Annual statistical returns and brief notes on vaccination in Bengal - 1909-1929
Year: 1909
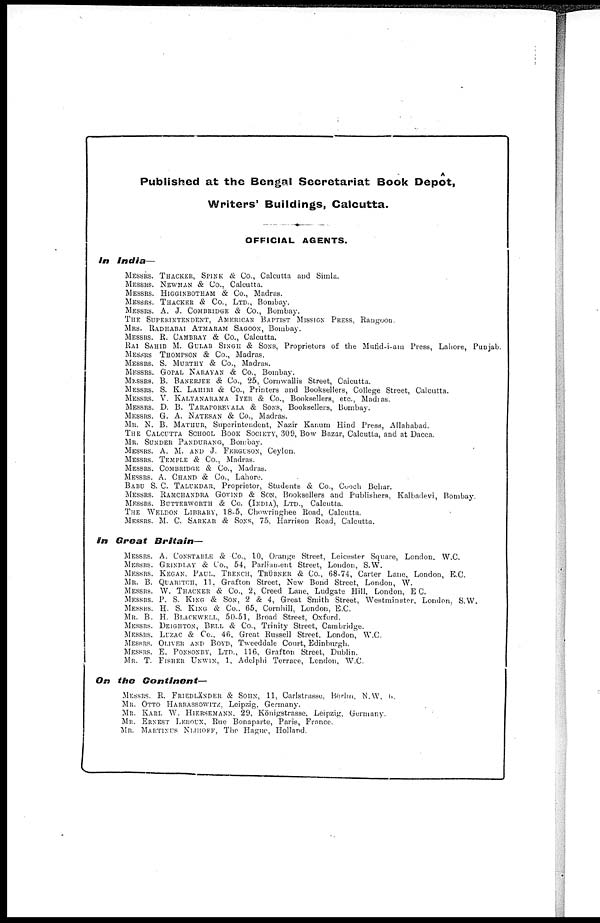
Published at the Bengal Secretariat Book Depôt,
Writers' Buildings, Calcutta.
OFFICIAL AGENTS.
In
India—
MESSRS. THACKER, SPINK & Co., Calcutta and Simla.
MESSRS. NEWMAN & Co., Calcutta.
MESSRS. HIGGINBOTHAM & Co., Madras.
MESSRS. THACKER & Co., LTD., Bombay.
MESSRS. A. J. COMBRIDGE & Co., Bombay.
THE SUPERINTENDENT, AMERICAN BAPTIST MISSION PRESS, Rangoon.
MRS. RADHABAI ATMARAM SAGOON, Bombay.
MESSRS. R. CAMBRAY & Co., Calcutta.
RAI SAHIB M. GULAB SINGH & SONS, Proprietors of the Mufid-i-am Press, Lahore, Punjab.
MESSRS THOMPSON & Co., Madras.
MESSRS. S. MURTHY & Co., Madras.
MESSRS. GOPAL NARAYAN & Co., Bombay.
MESSRS. B. BANERJEE & Co., 25, Cornwallis Street, Calcutta.
MESSRS. S. K. LAHIRI & Co., Printers and Booksellers, College Street, Calcutta.
MESSRS. V. KALYANARAMA IYER & Co., Booksellers, etc., Madras.
MESSRS. D. B. TARAPOREVALA & SONS, Booksellers, Bombay.
MESSRS. G. A. NATESAN & Co., Madras.
MR. N. B. MATHUR, Superintendent, Nazir Kanum Hind Press, Allahabad.
THE CALCUTTA SCHOOL BOOK SOCIETY, 309, Bow Bazar, Calcutta, and at Dacca.
MR. SUNDER PANDURANG, Bombay.
MESSRS. A. M. AND J. FERGUSON, Ceylon.
MESSRS. TEMPLE & Co., Madras.
MESSRS. COMBRIDGE & Co., Madras.
MESSRS. A. CHAND & Co., Lahore.
BABU S. C. TALUKDAR, Proprietor, Students & Co., Cooch Behar.
MESSRS. RAMCHANDRA GOVIND & SON, Booksellers and Publishers, Kalbadevi, Bombay.
MESSRS. BUTTERWORTH & Co. (INDIA), LTD., Calcutta.
THE WELDON LIBRARY, 18-5, Chowringhee Road, Calcutta.
MESSRS. M. C. SARKAR & SONS, 75, Harrison Road, Calcutta.
In Great
Britain—
MESSRS. A. CONSTABLE & Co., 10, Orange Street, Leicester Square, London. W.C.
MESSRS. GRINDLAY & Co., 54, Parliament Street, London, S.W.
MESSRS. KEGAN, PAUL. TRENCH, TRÜBNER & Co., 68-74, Carter Lane, London, E.C.
MR. B. QUARITCH, 11, Grafton Street, New Bond Street, London, W.
MESSRS. W. THACKER & Co., 2, Creed Lane, Ludgate Hill, London, E C.
MESSRS. P. S. KING & SON, 2 & 4, Great Smith Street, Westminster. London. S.W.
MESSRS. H. S. KING & Co., 65, Cornhill, London, E.C.
MR. B. H. BLACKWELL, 50-51, Broad Street, Oxford.
MESSRS. DEIGHTON, BELL & Co., Trinity Street, Cambridge.
MESSRS. LUZAC & Co., 46, Great Russell Street. London, W.C.
MESSRS. OLIVER AND BOYD, Tweeddale Court, Edinburgh.
MESSRS. E. PONSONBY, LTD., 116, Grafton Street, Dublin.
MR. T. FISHER UNWIN, 1, Adelphi Terrace, London, W.C.
On the
Continent—
MESSRS. R. FRIEDLÄNDER & SOHN, 11, Carlstrasse, Berlin, N.W.G.
MR. OTTO HARRASSOWITZ, Leipzig, Germany.
MR. KARL W. HIERSEMANN, 29, Königstrasse. Leipzig, Germany.
MR. ERNEST LEROUX, Rue Bonaparte, Paris, France.
MR. MARTINUS NIJHOFF, The Hague, Holland.